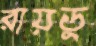
রায়ডু